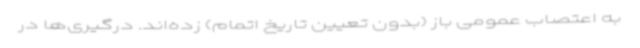
به اعتصاب عمومی باز (بدون تعیین تاریخ اتمام) زده‌اند. درگیری‌ها در